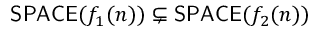
{ \mathsf { S P A C E } } ( f _ { 1 } ( n ) ) \subsetneq { \mathsf { S P A C E } } ( f _ { 2 } ( n ) )